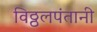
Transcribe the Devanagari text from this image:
विठ्ठलपंतानी